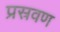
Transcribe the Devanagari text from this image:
प्रस्रवण